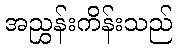
အညွှန်းကိန်းသည်